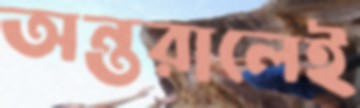
অন্তরালেই